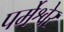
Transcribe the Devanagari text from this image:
पर्मेश्वेर